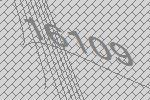
16109